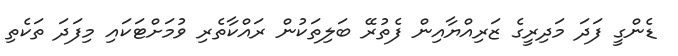
ޑެންގީ ފަދަ މަދިރީގެ ޒަރިއްޔާއިން ފެތުރޭ ބަލިތަކުން ރައްކާތެރި ވުމަށްޓަކައި މިފަދަ ތަކެތި